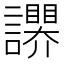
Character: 𧭬